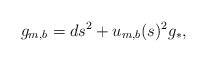
\begin{align*}g_{m,b}= ds^2 + u_{m,b}(s)^2 g_*,\end{align*}